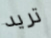
تريد